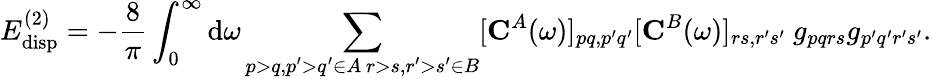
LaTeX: E_{\mathrm{disp}}^{(2)}=-\frac{8}{\pi}\int_{0}^{\infty}\mathrm{d}\omega\sum_{\substack{p>q,p^{\prime}>q^{\prime}\in A\, r>s,r^{\prime}>s^{\prime}\in B}}[{\mathbf C}^{A}(\omega)]_{pq,p^{\prime}q^{\prime}}[{\mathbf C}^{B}(\omega)]_{rs,r^{\prime}s^{\prime}}\ g_{pqrs}g_{p^{\prime}q^{\prime}r^{\prime}s^{\prime}}.